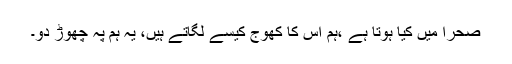
صحرا میں کیا ہوتا ہے ،ہم اس کا کھوج کیسے لگاتے ہیں، یہ ہم پہ چھوڑ دو۔